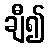
ချီ၍